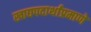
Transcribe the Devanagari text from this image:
खाद्यपदार्थांप्रमाणे